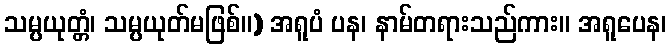
သမ္ပယုတ္တံ၊ သမ္ပယုတ်မဖြစ်။) အရူပံ ပန၊ နာမ်တရားသည်ကား။ အရူပေန၊